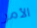
الأمر